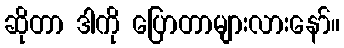
ဆိုတာ ဒါကို ပြောတာများလားနော်။